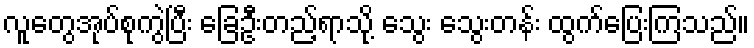
လူတွေအုပ်စုကွဲပြီး ခြေဦးတည့်ရာသို့ သွေး သွေးတန်း ထွက်ပြေးကြသည်။